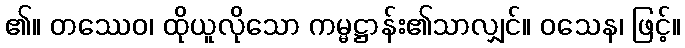
၏။ တဿေဝ၊ ထိုယူလိုသော ကမ္မဋ္ဌာန်း၏သာလျှင်။ ဝသေန၊ ဖြင့်။